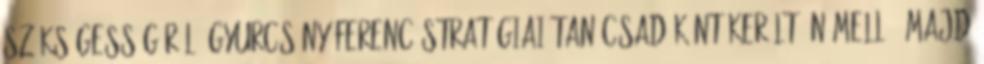
szükségességéről. Gyurcsány Ferenc stratégiai tanácsadóként került ön mellé, majd